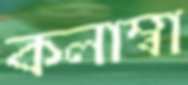
কলাম্বা